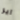
اير